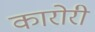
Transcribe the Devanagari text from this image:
कारोरी